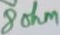
Text: 8ohm